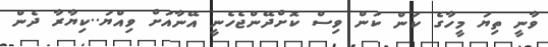
ވާނީ ތިޔަ މީހާގެ ކަން ކަން ވިސް ކޮށްދޭންޖެހެނީ އޭނާއަށް ވިއްޔަ..ކިޔާރާ ދެން